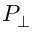
P _ { \perp }